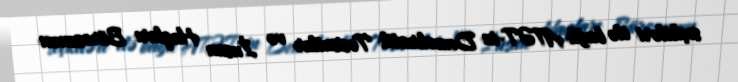
seçkiləri ilə bağlı ATƏT-in Demokratik Təsisatlar və İnsan Haqları Bürosunun